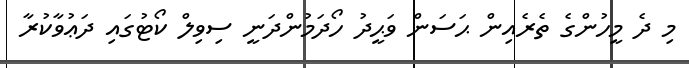
މި ދެ މީހުންގެ ތެރެއިން ޙަސަން ވަޙީދު ހޯދަމުންދަނީ ސިވިލް ކޯޓުގައި ދަޢުވާކުރާ